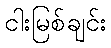
ငါးမြစ်ချင်း